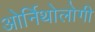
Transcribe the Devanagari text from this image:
ओर्निथोलोगी